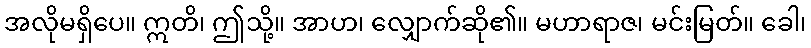
အလိုမရှိပေ။ ဣတိ၊ ဤသို့။ အာဟ၊ လျှောက်ဆို၏။ မဟာရာဇ၊ မင်းမြတ်။ ခေါ၊